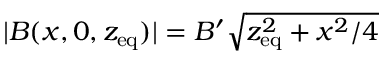
| B ( x , 0 , z _ { \mathrm { e q } } ) | = B ^ { \prime } \sqrt { z _ { \mathrm { e q } } ^ { 2 } + x ^ { 2 } / 4 }